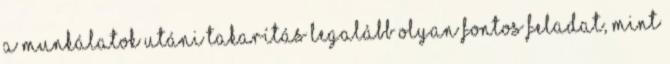
A munkálatok utáni takarítás legalább olyan fontos feladat, mint